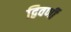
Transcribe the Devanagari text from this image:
द्विवर्णी